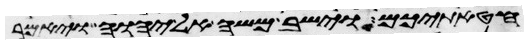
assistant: חטאתיכם וישב משה אל יהוה ויאמר